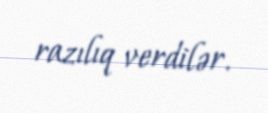
razılıq verdilər.